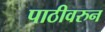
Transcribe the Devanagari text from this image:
पाठीवरुन